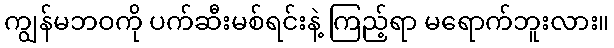
ကျွန်မဘဝကို ပက်ဆီးမစ်ရင်းနဲ့ ကြည့်ရာ မရောက်ဘူးလား။